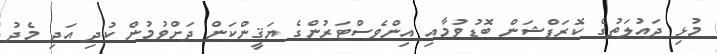
މުޅި ދައުލަތުގެ ކޮރަޕްޝަން ބޮޑުވުމާއި އިންވެސްޓަރުންގެ ޔަޤީންކަން ދަށްވުމުން ކުދި އަދި މެދު